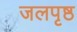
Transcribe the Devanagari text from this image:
जलपृष्ठ